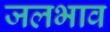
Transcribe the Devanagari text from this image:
जलभाव